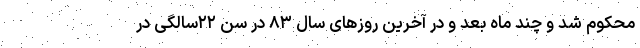
محکوم شد و چند‌ ماه بعد و در آخرین روزهای سال ۸۳ در سن ۲۲سالگی در